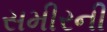
સમીરની